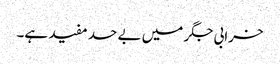
خرابی جگر میں بے حد مفید ہے۔